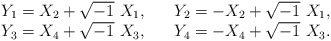
\begin{align*}\begin{array}{ll}Y_1=X_2+\sqrt{-1}\ X_1,\quad & Y_2=-X_2+\sqrt{-1}\ X_1,\\Y_3=X_4+\sqrt{-1}\ X_3,\quad & Y_4=-X_4+\sqrt{-1}\ X_3.\end{array}\end{align*}